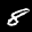
Label: 8